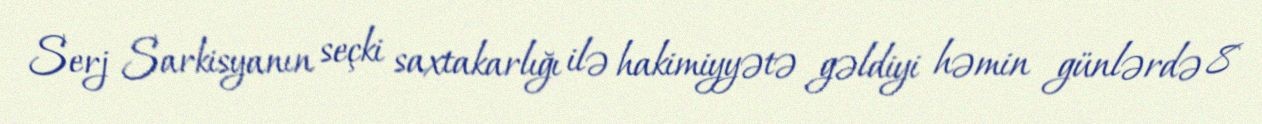
Serj Sarkisyanın seçki saxtakarlığı ilə hakimiyyətə gəldiyi həmin günlərdə 8